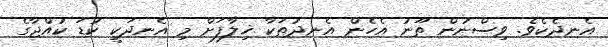
އެނދެކެވެ. ވިސްނުން ތޫނު އެހެން އެނދުތަކާ ޚިލާފަށް މި އެނދަކީ ކުޑަ ކުއްޖާގެ